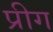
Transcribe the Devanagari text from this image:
प्रीग